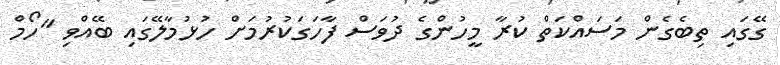
ގޭގައި ތިބެގެން މަސައްކަތް ކުރާ މީހުންގެ ދުވަސް ފާހަގަކުރުމަށް ހުޅުމާލޭގައި ބޭއްވި "ހޯމް